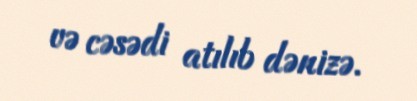
və cəsədi atılıb dənizə.